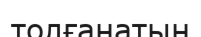
толғанатын